Civil Veterinary Department Bihar & Orissa reports 1911-21 - 1911-1921
Year: 1911
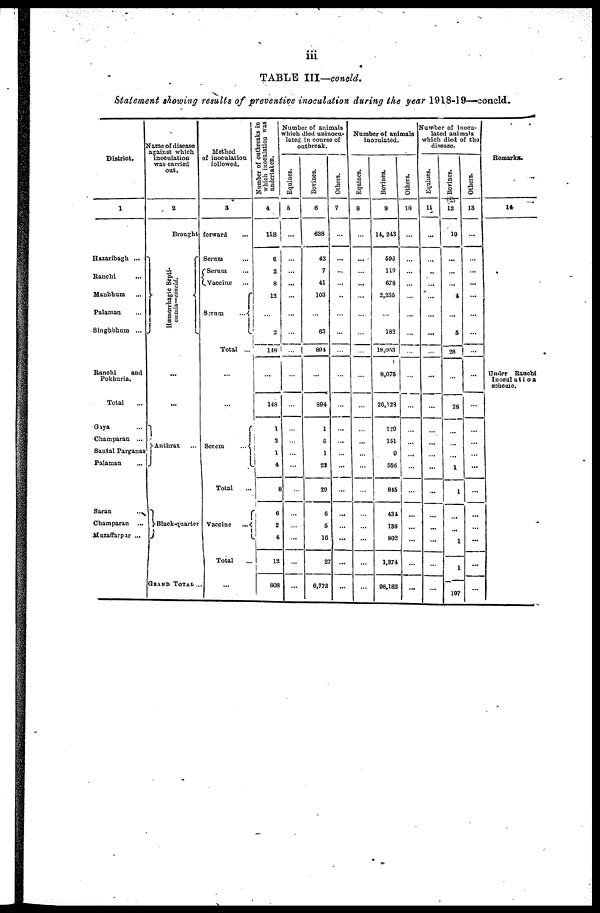
iii
TABLE III—concld.
Statement showing results of preventive inoculation during the year 1918-19-—concld.
District.
1
Hazaribagh ...
Ranchi …
Manbhum …
Palamau …
Singhbhum ...
Ranchi
and
Pokhuria.
Total …
Gaya …
Champaran ...
Santal Parganas
Palaman …
Saran
...
Champaran
...
Muzaffarpur ...
Name of disease
against which.
inoculation
was carried
out.
2
Brought
Hæmorrhagic Sept i -
cæmia—concld.
…
...
Anthrax …
Black-quarter
GRAND TOTAL …
Method
of inoculation
followed.
3
forward …
Serum …
Serum …
Vaccine …
Serum
Total ...
…
…
Seram
...
Total ...
Vaccine
...
Total …
…
Number of outbreaks in
which inoculation was
undertaken.
4
118
6
2
8
12
…
2
148
…
148
1
2
1
4
8
6
2
4
12
808
Number of animals
which died uninocu-
lated in course of
outbreak.
Equines.
5
…
…
…
…
…
…
…
...
…
…
…
…
…
…
...
…
…
…
…
…
Bovines.
6
638
42
7
41
103
…
63
894
…
894
1
6
1
23
29
6
5
16
27
6,772
Others.
7
…
...
…
…
…
…
…
…
…
…
…
…
…
…
…
…
…
...
...
…
Number of animals
inoculated.
Equines.
8
…
…
…
…
…
…
…
…
…
…
…
…
…
…
…
…
…
…
…
…
Bovines.
9
14, 243
693
110
678
2,235
…
182
18,053
8,075
26,123
129
151
9
556
845
434
138
802
1,374
98,182
Others.
10
…
…
…
…
…
...
…
…
…
…
…
…
...
…
…
…
…
...
…
…
Number of inocu-
lated animals
which died of the
disease
Equines.
11
...
…
…
…
…
…
...
…
…
…
…
…
…
...
…
…
…
…
…
…
Bovines.
12
19
...
…
…
4
…
5
28
…
28
…
…
...
1
1
…
…
1
1
197
Others.
13
...
…
…
…
...
…
…
…
…
…
…
…
…
…
…
…
…
…
...
…
Remarks.
14
Under Ranchi
Inoculation
scheme.